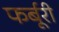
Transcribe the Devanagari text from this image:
फर्बूरी